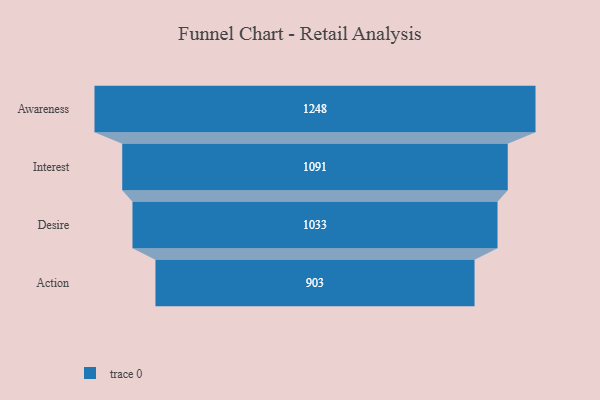
{"axis": {"x": "Stage", "y": "Value"}, "legend": [""], "data": [{"x": "Awareness", "y": 1248.0, "type": ""}, {"x": "Interest", "y": 1091.0, "type": ""}, {"x": "Desire", "y": 1033.0, "type": ""}, {"x": "Action", "y": 903.0, "type": ""}]}